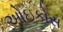
ઓઇકોસ